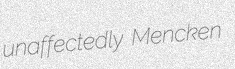
unaffectedly Mencken